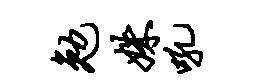
勉姝吼